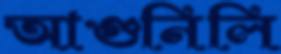
আগুনিলি